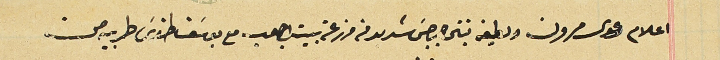
اعلام دعوى مرون ولطيفه بنتى جرجسَ شديد من مزرعة بيت ابي صعب مع يوسَف طنوسَ طربيه من